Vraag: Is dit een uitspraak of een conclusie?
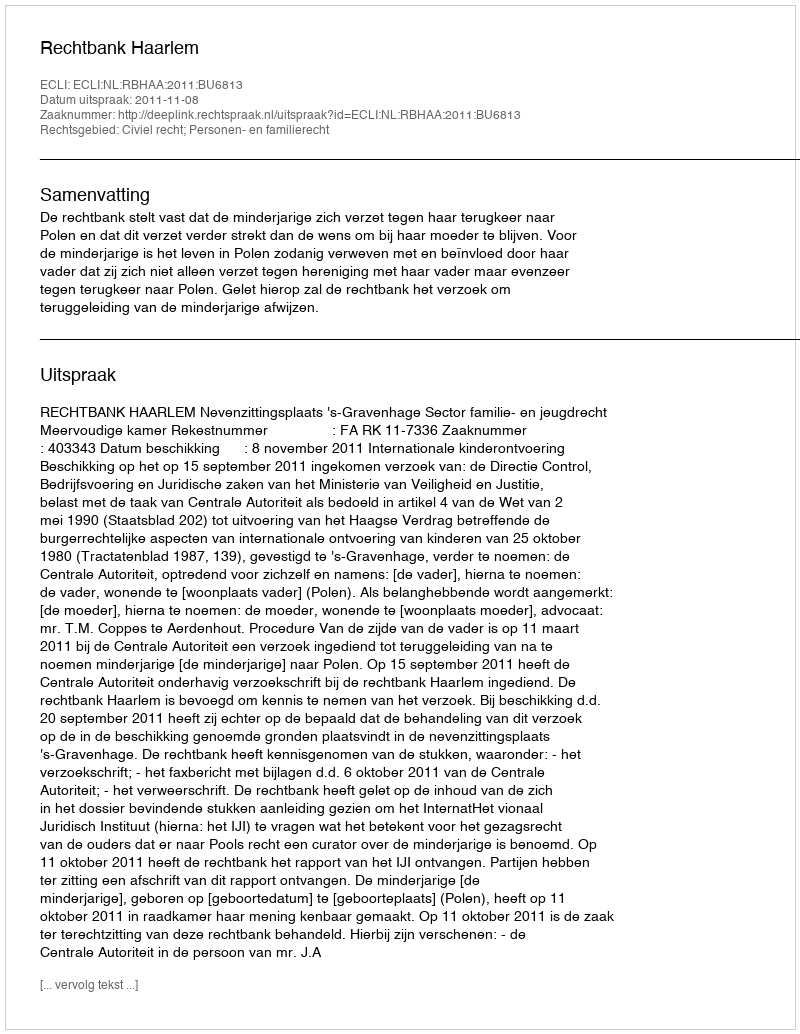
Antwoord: Uitspraak